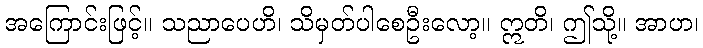
အကြောင်းဖြင့်။ သညာပေဟိ၊ သိမှတ်ပါစေဦးလော့။ ဣတိ၊ ဤသို့။ အာဟ၊